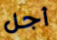
أجل